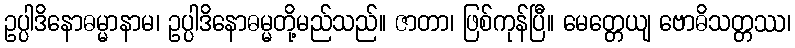
ဥပ္ပါဒိနောဓမ္မာနာမ၊ ဥပ္ပါဒိနောဓမ္မတို့မည်သည်။ ဇာတာ၊ ဖြစ်ကုန်ပြီ။ မေတ္တေယျ ဗောဓိသတ္တဿ၊